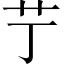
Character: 艼